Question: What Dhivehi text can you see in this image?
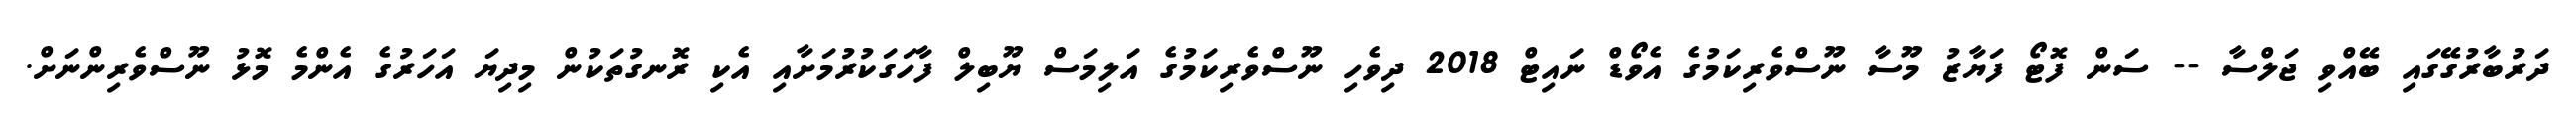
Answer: ދަރުބާރުގޭގައި ބޭއްވި ޖަލްސާ -- ސަން ފޮޓޯ ފަޔާޒު މޫސާ ނޫސްވެރިކަމުގެ އެވޯޑް ނައިޓް 2018 ދިވެހި ނޫސްވެރިކަމުގެ އަލިމަސް ޔޫބިލް ފާހަގަކުރުމަށާއި އެކި ރޮނގުތަކުން މިދިޔަ އަހަރުގެ އެންމެ މޮޅު ނޫސްވެރިންނަށް.